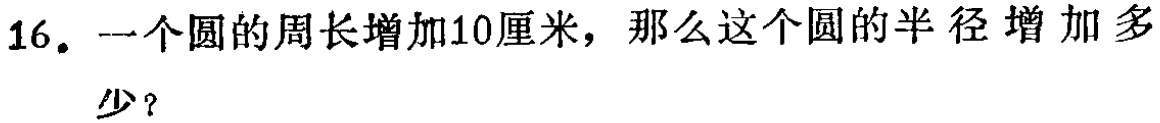
16. 一个圆的周长增加10厘米，那么这个圆的半径增加多少？